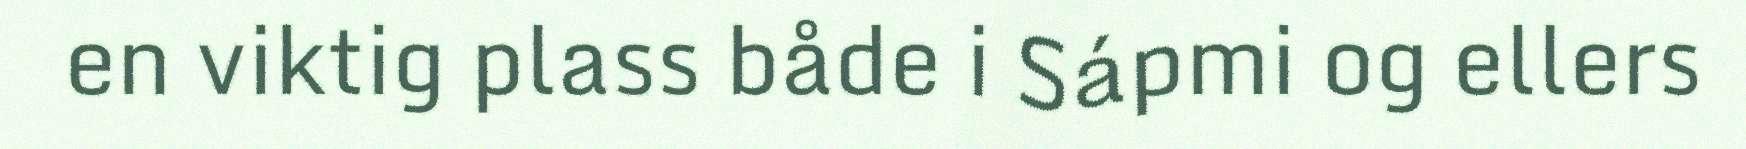
en viktig plass både i Sápmi og ellers